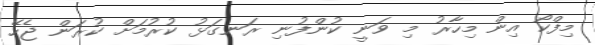
މިފްކޯ އިން މިހާރު މި ވަނީ ކުންފުނި ރަނގަޅު ކުރުމަށް ކުރަން ޖެހޭ